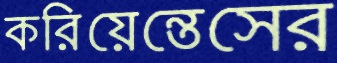
করিয়েন্তেসের